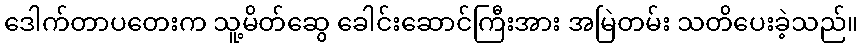
ဒေါက်တာပတေးက သူ့မိတ်ဆွေ ခေါင်းဆောင်ကြီးအား အမြဲတမ်း သတိပေးခဲ့သည်။